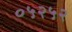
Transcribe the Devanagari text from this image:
०५२५२